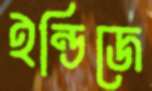
ইন্ডিজে